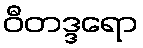
ဝီတဒ္ဒရော